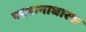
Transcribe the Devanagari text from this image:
परवानाधारक